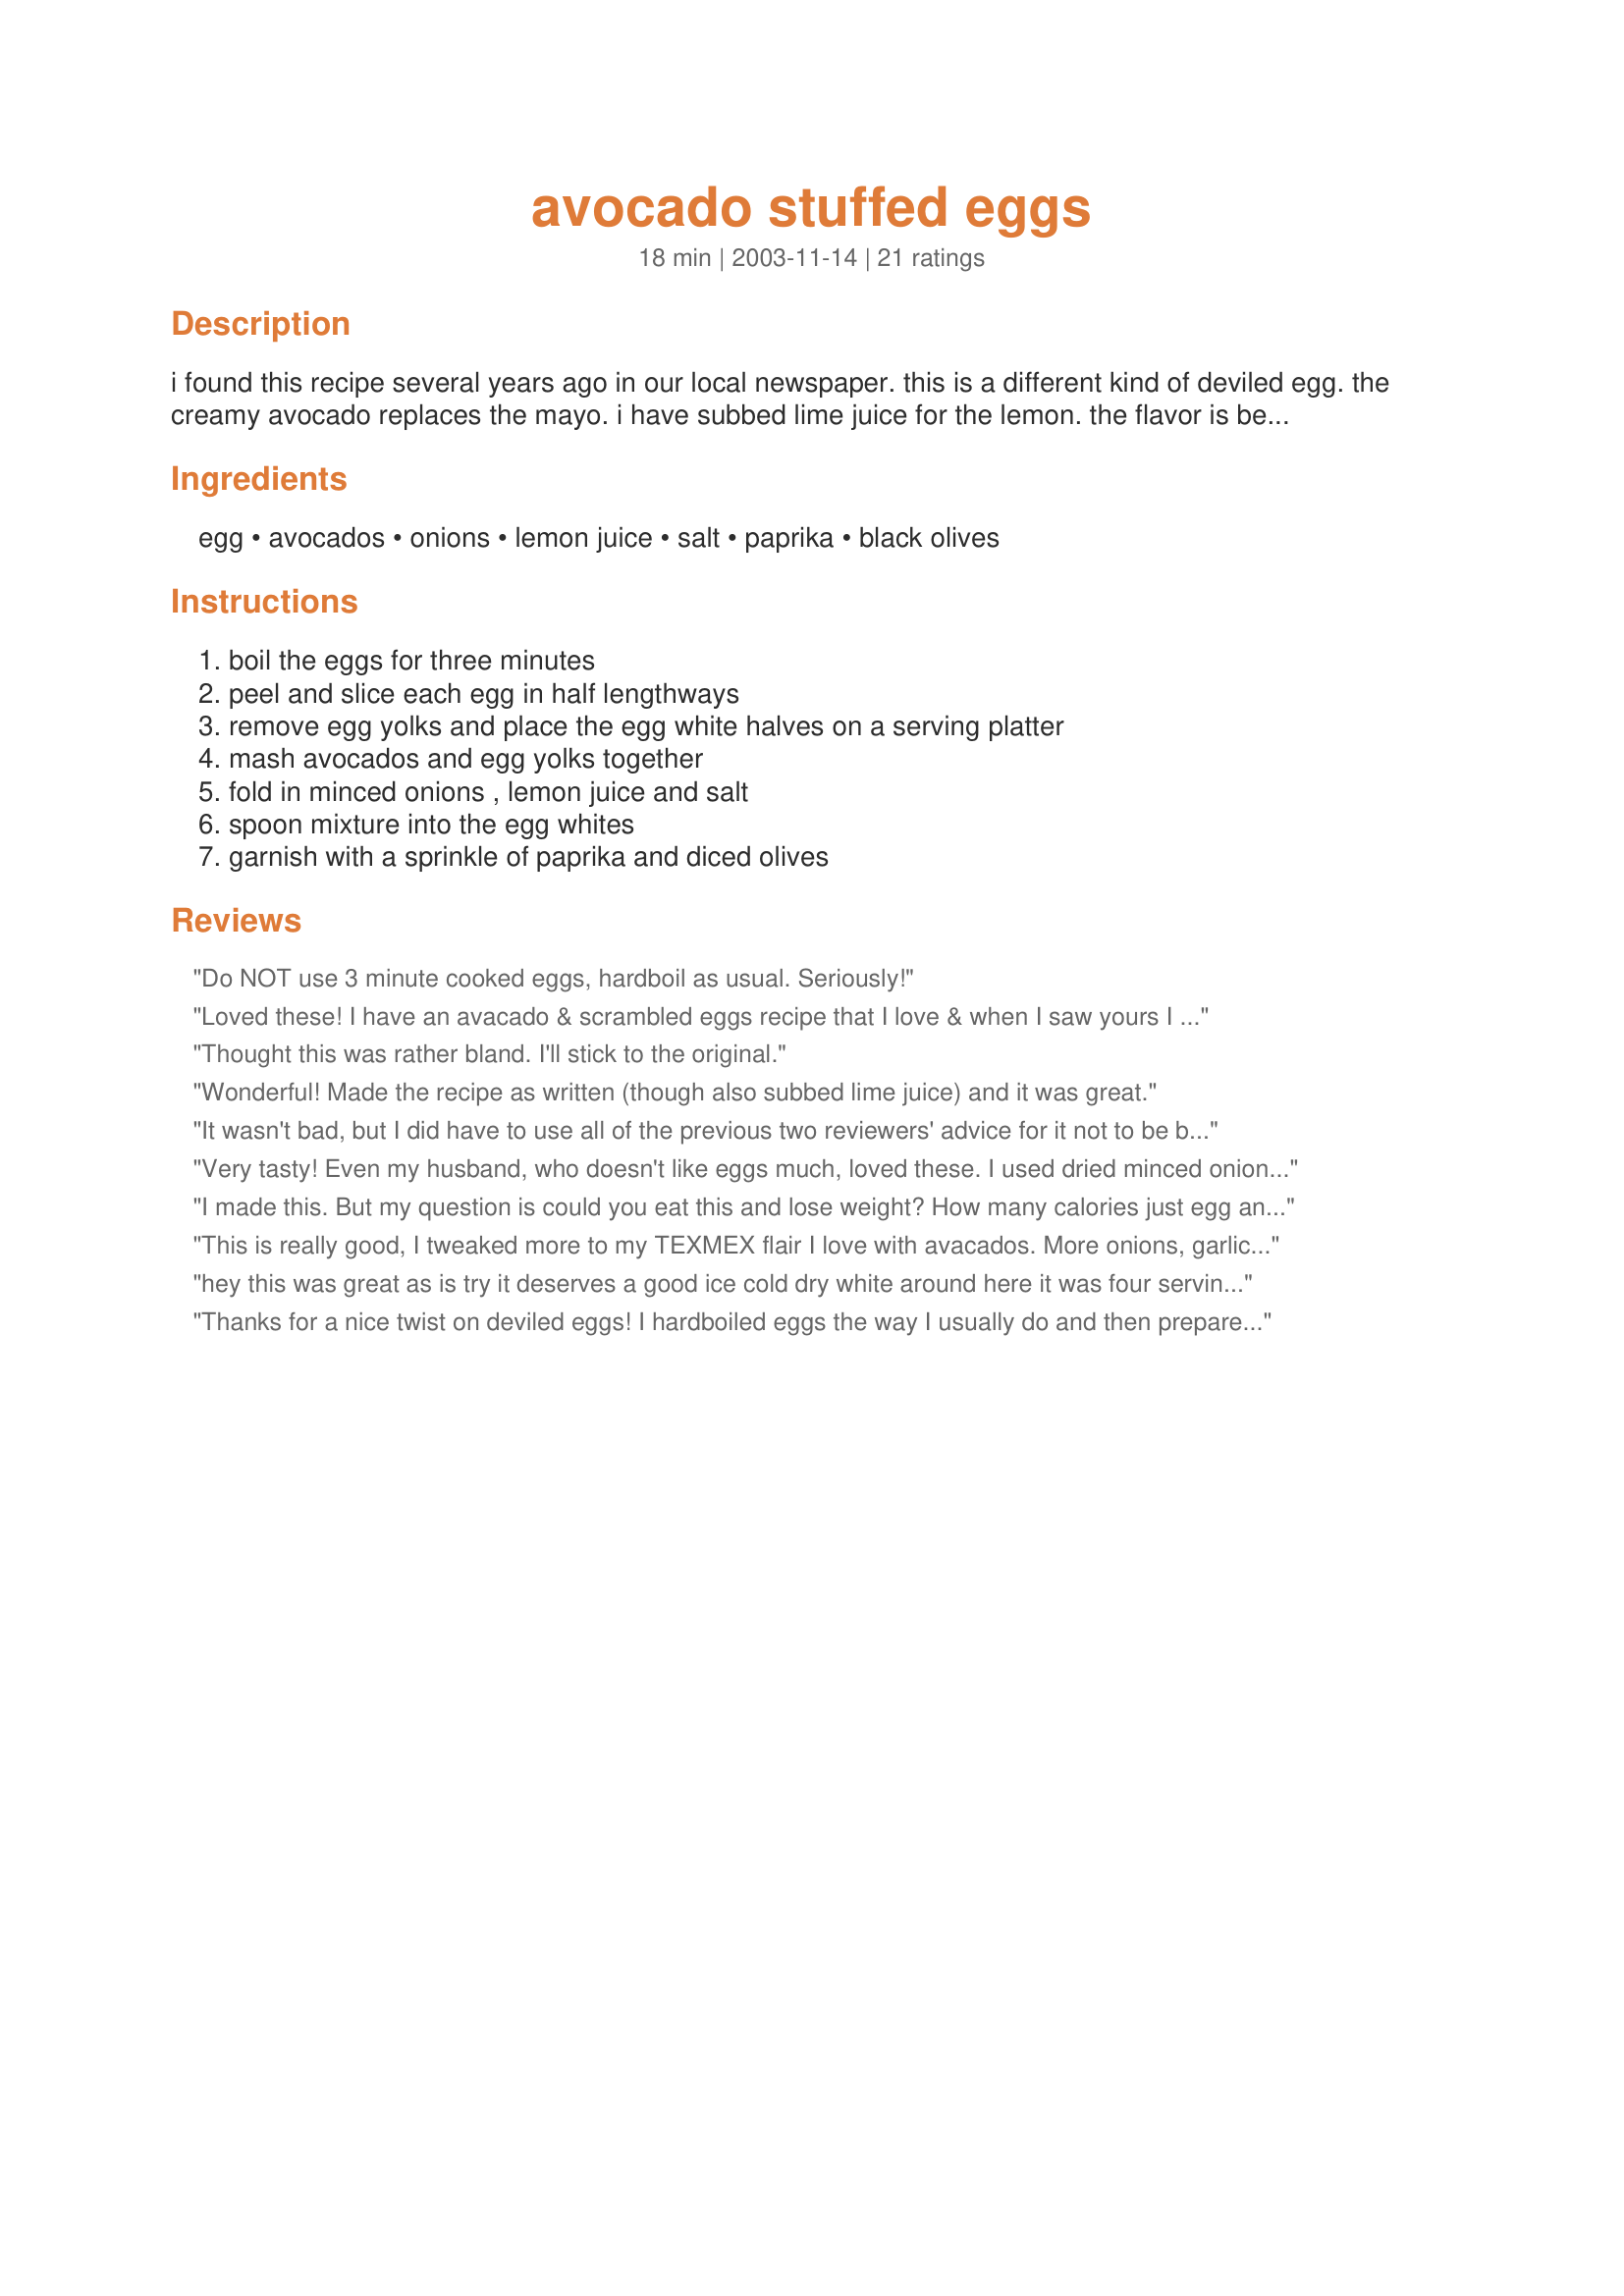
avocado stuffed eggs
Preparation time: 18 minutes

i found this recipe several years ago in our local newspaper. this is a different kind of deviled egg. the creamy avocado replaces the mayo. i have subbed lime juice for the lemon. the flavor is best when only slightly chilled or at room temp.

Ingredients:
egg, avocados, onions, lemon juice, salt, paprika, black olives

Steps:
boil the eggs for three minutes, peel and slice each egg in half lengthways, remove egg yolks and place the egg white halves on a serving platter, mash avocados and egg yolks together, fold in minced onions , lemon juice and salt, spoon mixture into the egg whites, garnish with a sprinkle of paprika and diced olives

Reviews:
Do NOT use 3 minute cooked eggs, hardboil as usual. Seriously!
Loved these! I have an avacado & scrambled eggs recipe that I love & when I saw yours I new I had to try it. Glad that I did! I went ahead and added the cooked egg yolks to the avacado - leftovers made a nice dip. Thanks for another great way to eat avacado's!!
Thought this was rather bland. I'll stick to the original.
Wonderful! Made the recipe as written (though also subbed lime juice) and it was great.
It wasn't bad, but I did have to use all of the previous two reviewers' advice for it not to be bland. After that it had pretty good flavor, except my husband still commented that it was missing something & I agree. It's a nice different appetizer that people would be excited to try, I just don't want anybody to get the false impression that this will be flavorful without the extras.
Very tasty! Even my husband, who doesn't like eggs much, loved these. I used dried minced onions, which gave the filling a nice crunch. I also added a little hot sauce, a little garlic, and a little ranch dressing for a creamy zing.
I made this. But my question is could you eat this and lose weight? How many calories just egg and avocado nothing else on it or in it. L
This is really good, I tweaked more to my TEXMEX flair I love with avacados. More onions, garlic, jalapenos (omit pepper), and green olives instead of black. Also I added a tiny bit of mayo and it really took off. 

Thanks for the recipe!
hey
this was great as is
try it
deserves a good ice cold dry white
around here it was four servings not twenty four
as a variation next time im going to try subing caviar for the olives and maybe after that a bit of sour cream instead of the lime
Thanks for a nice twist on deviled eggs! I hardboiled eggs the way I usually do and then prepared them according to these instructions. I added diced tomatoes and omitted the salt and olives as personal preference.
I love avocados and this was so good. I did agree with other reviewers about the bland flavor so I added some diced green chilies, diced fresh tomato and used the green olives. My oh my, this was good! I also sprinkled a tiny bit of grated pepper jack cheese on top as a garnish. YUM. I served these at our Family St. Patrick Day Brunch. They all loved them! Thanks for sharing this recipe!
These were AWESOME! I made this appetizer for my moms bible study group and they gulfed them all up. I followed the recipe on here but when I tasted the filling I felt that it was a bit bland for my taste buds so I decided to take it up a notch by taking a few suggestions from here. Instead of sprinkling the olives on top I mixed them in and added some finely diced onions, pickled carrots and jalapeÃ±os, and 1/2 teaspoon of garlic powder. They were really yummy! Thanks for the yuumy contribution. Im not an egg eater at all but I sure will eat them like this from now on.=0)
I've always loved devilled eggs and this is a great variation as I adore avocadoes. These are a bit more mild (though still rich and filling) and less tangy in flavor due to no mayonnaise in the recipe but I thought that was a refreshing change -- and it seems a bit more healthy. I don't know if instruction #1 is a typo or not but 3 minutes doesn't seem long enough to me so I made hard boiled eggs the way I always do -- bring to a boil, cover, turn the heat off and let sit for 20 minutes. I cut the recipe in half since I'm the only one who eats hard-boiled eggs in my house and I added 2 small avocadoes (one can never have too much avocado LOL) and I did add more salt than the recipe called for as I think eggs and avocadoes take it well. I will definitely make again. Thanks for sharing Ms Bold!
If you like avocadoes, you have to try this recipe! I used lime juice in mine and garnished with Fiesta brand Pico De Gallo seasoning.
These were great. Especially for those who are trying to cut mayo out of your diet. I agree with others in using lime juice instead of lemon. I didn&#039;t put the onions in and I diced the black olives in with the mixture instead of just on top. Add a slice of jalepeno on top instead with the paprika and it&#039;s an instant hit!
Awesome paleo-friendly recipe!! Much better tasting and more healthy! I just added a bit of minced garlic, and halved the avocado and the salt.
Soooooo yummy! I subbed jalapeno juice for the lemon juice and it seemed to give it just the right zing! I served a dozen of these and a dozen regular deviled eggs and as soon as people tried these they were literaly gone in 2 minutes!!! (so make lots!!!)
This was a terrific recipe. I was trying to find a way to incorporate the avocado into my diet, but in a very simple way to take it to work with me. This was quick, simple, inexpensive and I can take it to work without breaking out forks, knives, etc... . I followed the recipe exactly, but I did sub sun dried tomatoes instead of olives. I will definitely make this again.
We really enjoyed these eggs, a definite keeper! There are some great suggestions for extra additions (jalapeno peppers for one). I think a little garlic powder would be nice too. I have a friend who hates mayo and won't eat regular deviled eggs. I can't wait to make them again and see what she thinks.
This makes a very pretty deviled egg. I also used the lime juice option and added a minced jalapeno. Without some added zip this is a bit bland, even with the diced olives.
I really liked these. They are different and added a nice color contrast mixed in with other styles of deviled eggs. The flavor is mild and the filling creamy. Thanks for a recipe I will use again.
